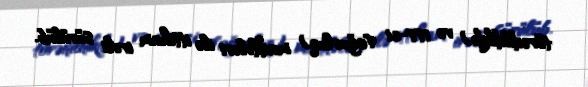
törədildikdə) və 177-ci (oğurluq) maddələri ilə ittiham irəli sürülüb.